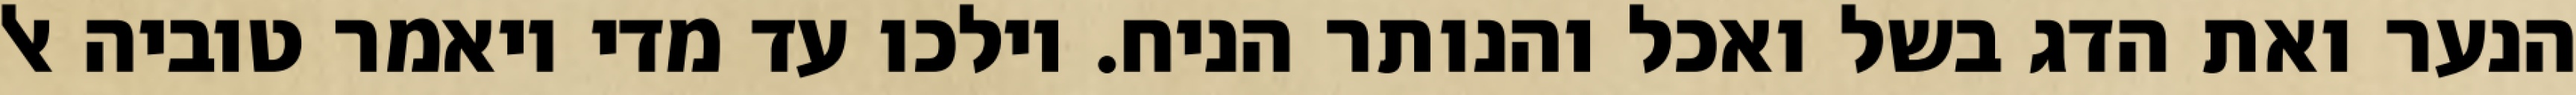
הנער ואת הדג בשל ואכל והנותר הניח. וילכו עד מדי ויאמר טוביה אל